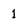
Character: 1